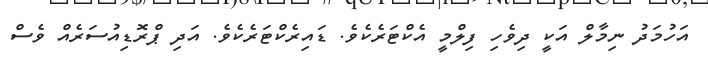
އަހުމަދު ނިމާލް އަކީ ދިވެހި ފިލްމީ އެކްޓަރެކެވެ. ޑައިރެކްޓަރެކެވެ. އަދި ޕްރޮޑިއުސަރެއް ވެސް